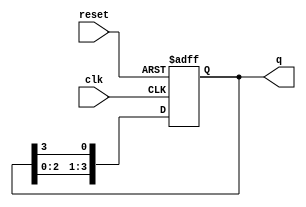
module ring_counter (
    input wire clk,          // Clock signal
    input wire reset,        // Asynchronous reset signal
    output reg [3:0] q       // 4-bit output for the ring counter
);

// Asynchronous reset and state transition logic
always @(posedge clk or posedge reset) begin
    if (reset) begin
        // Reset condition: set the first flip-flop high and others low
        q <= 4'b0001;
    end else begin
        // Shift the output of the last flip-flop to the first
        q <= {q[2:0], q[3]}; // Shift left and wrap around
    end
end

endmodule